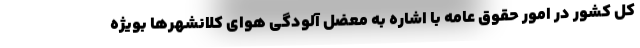
کل کشور در امور حقوق عامه با اشاره به معضل آلودگی هوای کلانشهرها بویژه